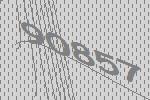
90857